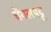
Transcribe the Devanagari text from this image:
चेंगलपट्ट